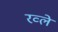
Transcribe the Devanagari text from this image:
रव्ले